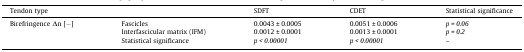
| <COLSPAN=2> Tendon type | SDFT | CDET | Statistical significance |
 | --- | --- | --- | --- | --- |
 | <ROWSPAN=3> Birefringence Δn [−] | Fascicles | 0.0043 ± 0.0005 | 0.0051 ± 0.0006 | p = 0.06 |
 | Interfascicular matrix (IFM) | 0.0012 ± 0.0001 | 0.0013 ± 0.0001 | p = 0.2 |
 | Statistical significance | p < 0.00001 | p < 0.00001 | – |